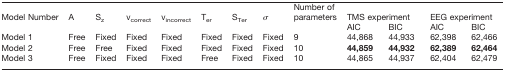
<table><thead><tr><td><b>Model Number</b></td><td><b>A</b></td><td><b>S<sub>z</sub></b></td><td><b>v<sub>correct</sub></b></td><td><b>v<sub>incorrect</sub></b></td><td><b>T<sub>er</sub></b></td><td><b>S<sub>Ter</sub></b></td><td><b>σ</b></td><td><b>Number of parameters</b></td><td colspan="2"><b>TMS experiment</b></td><td colspan="2"><b>EEG experiment</b></td></tr><tr><td></td><td></td><td></td><td></td><td></td><td></td><td></td><td></td><td></td><td><b>AIC</b></td><td><b>BIC</b></td><td><b>AIC</b></td><td><b>BIC</b></td></tr></thead><tbody><tr><td>Model 1</td><td>Free</td><td>Fixed</td><td>Fixed</td><td>Fixed</td><td>Fixed</td><td>Fixed</td><td>Fixed</td><td>9</td><td>44,868</td><td>44,933</td><td>62,398</td><td>62,466</td></tr><tr><td>Model 2</td><td>Free</td><td>Free</td><td>Fixed</td><td>Fixed</td><td>Fixed</td><td>Fixed</td><td>Fixed</td><td>10</td><td><b>44,859</b></td><td><b>44,932</b></td><td><b>62,389</b></td><td><b>62,464</b></td></tr><tr><td>Model 3</td><td>Free</td><td>Fixed</td><td>Fixed</td><td>Fixed</td><td>Free</td><td>Fixed</td><td>Fixed</td><td>10</td><td>44,865</td><td>44,937</td><td>62,404</td><td>62,479</td></tr></tbody></table>